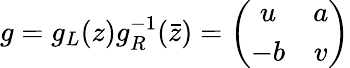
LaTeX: g=g_{L}(z)g_{R}^{-1}(\bar{z})=\left(\begin{array}{cc}{{u}}&{{a}}\\ {{-b}}&{{v}}\end{array}\right)